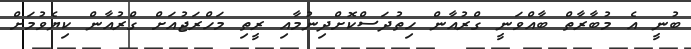
ބުނީ އެ މުބާރާތް ބާއްވަނީ ގްރުއާން ހިތުދަސްކޮށްދިނުމާއި ރީތި މަހްރަޖުއަށް ގްރުއާން ކިޔެވުމަށް